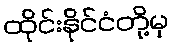
ထိုင်းနိုင်ငံတို့မှ